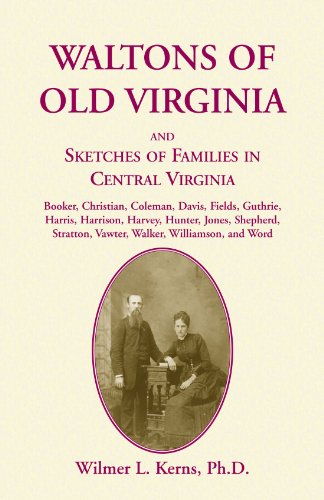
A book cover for Waltons of Old Virginia and Sketches of Families in Central Virginia; Wilmer L. Kerns Ph.D.; Reference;